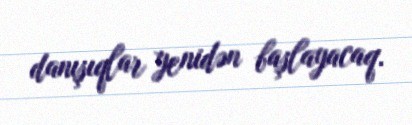
danışıqlar yenidən başlayacaq.